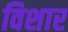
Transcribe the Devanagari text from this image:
विशार